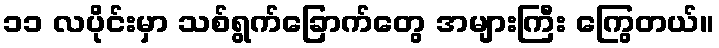
၁၁ လပိုင်းမှာ သစ်ရွက်ခြောက်တွေ အများကြီး ကြွေတယ်။